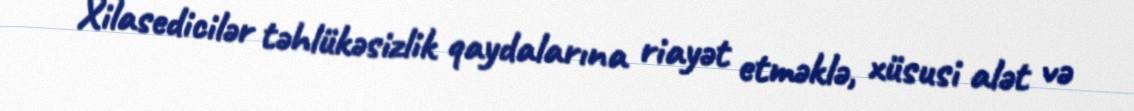
Xilasedicilər təhlükəsizlik qaydalarına riayət etməklə, xüsusi alət və